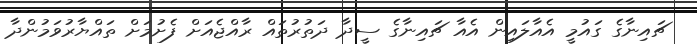
ޗައިނާގެ ގައުމީ އެއާލައިން އެއާ ޗައިނާގެ ސީދާ ދަތުރުތައް ރާއްޖެއަށް ފެށުމަށް ތައްޔާރުވަމުންދާ